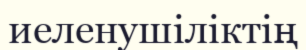
иеленушіліктің